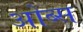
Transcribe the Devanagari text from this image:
ओब्स